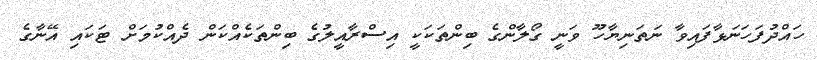
ހައްދުފަހަނަޅާފައިވާ ނަތަނިޔާހޫ ވަނީ ގޯލާންގެ ބިންތަކަކީ އިސްރާއީލުގެ ބިންތަކެއްކަން ދެއްކުމަށް ޓަކައި އޭނާގެ